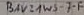
Text: BAV19WS-7-F